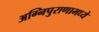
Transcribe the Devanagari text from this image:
अग्निपुराणामध्ये